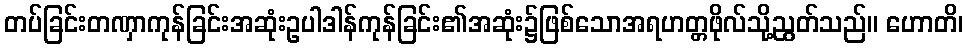
တပ်ခြင်းတဏှာကုန်ခြင်းအဆုံးဥပါဒါန်ကုန်ခြင်း၏အဆုံး၌ဖြစ်သောအရဟတ္တဖိုလ်သို့ညွတ်သည်။ ဟောတိ၊